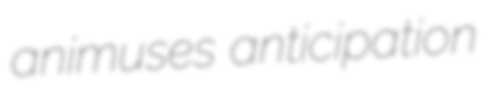
animuses anticipation